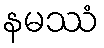
နမဿံ